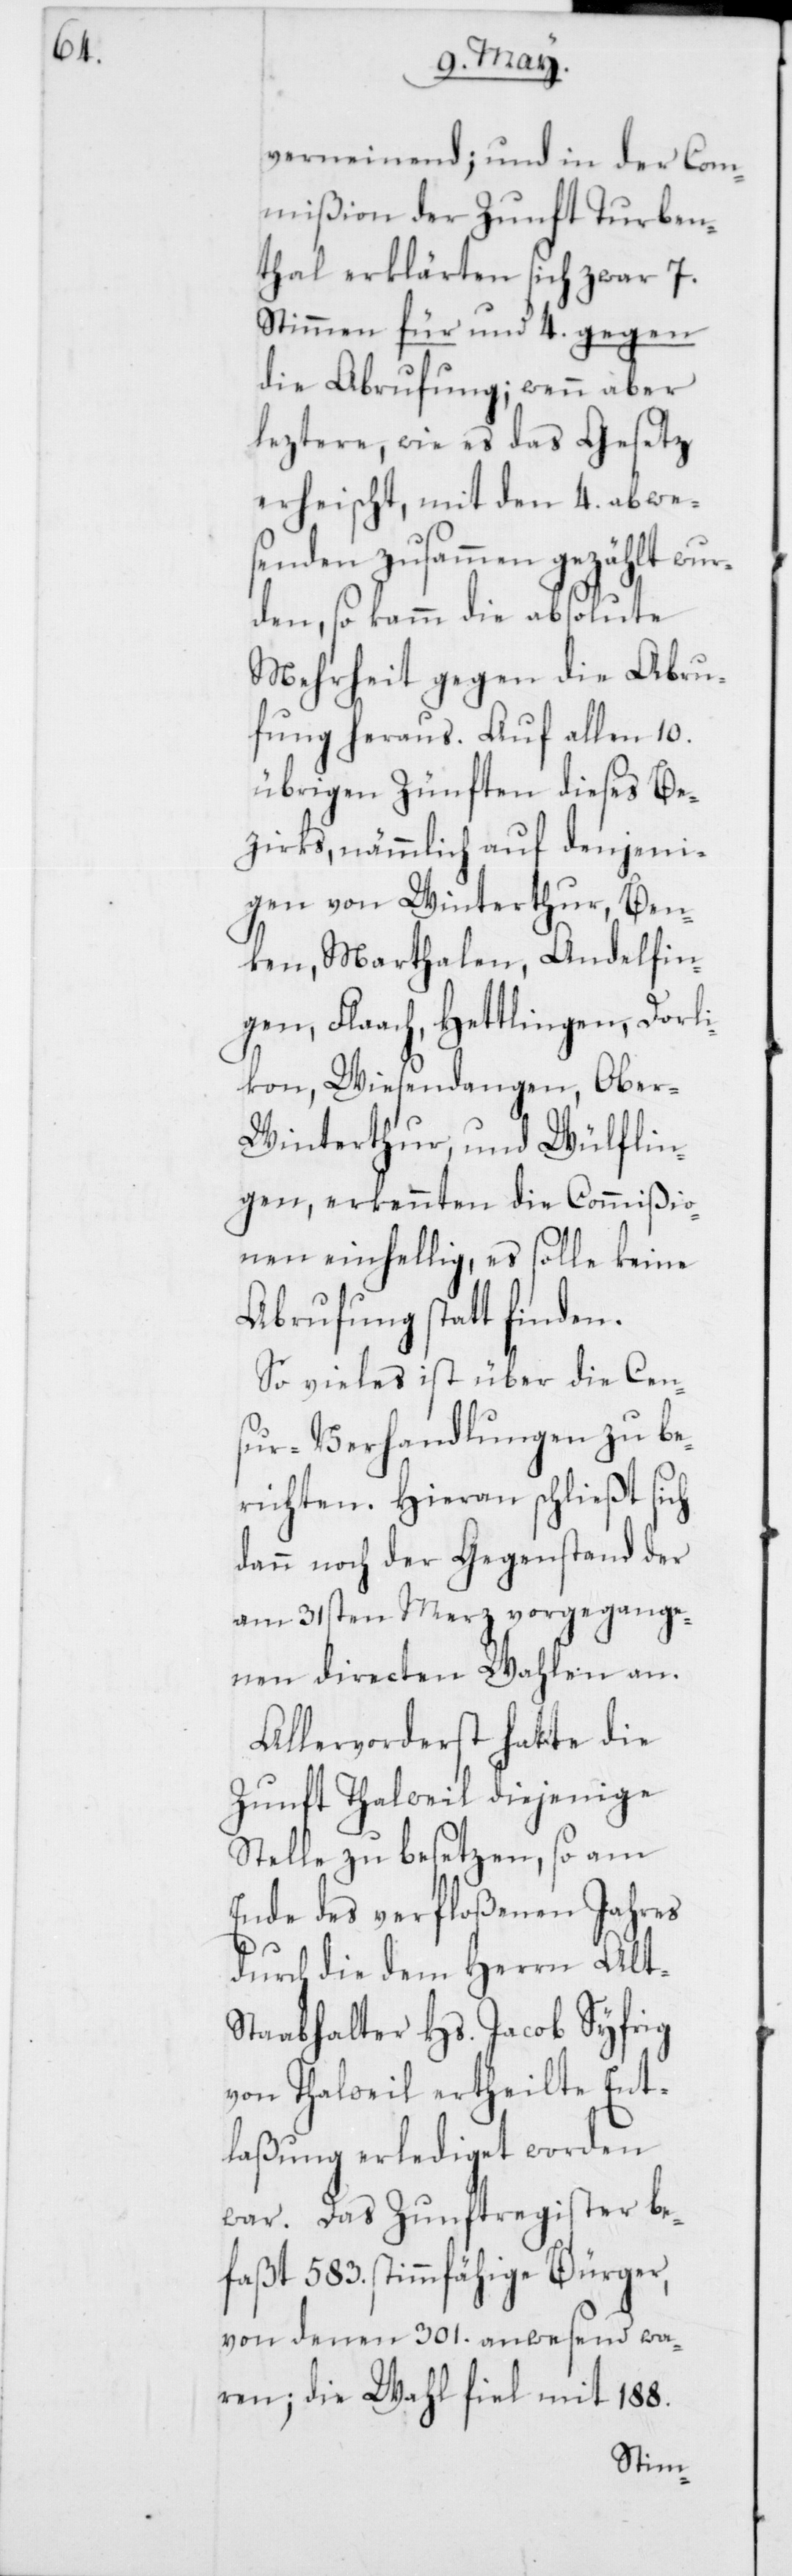
verneindend; und in der Com¬
mißion der Zunft Turben¬
thal erklärten sich zwar 7.
Stimmen für und 4. gegen
die Abrufung; wenn aber
leztere, wie es das Gesetz
erheischt, mit den 4. abwe¬
senden zusammen gezählt wur¬
den, so kam die absolute
Mehrheit gegen die Abru¬
fung heraus. Auf allen 10.
übrigen Zünften dieses Be¬
zirks, nämmlich auf denjeni¬
gen von Winterthur, Ben¬
ken, Marthalen, Andelfin¬
gen, Flaach, Hettlingen, Dorli¬
kon, Wiesendangen, Ober-W¬
interthur, und Wülflin¬
gen, erkennten die Commißio¬
nen einhellig, es solle keine
Abrufung statt finden.
So vieles ist über die Cen¬
sur-Verhandlungen zu be¬
richten. Hieran schließt sich
dann noch der Gegenstand der
am 31sten Merz vorgegange¬
nen directen Wahlen an.
Allervorderst hatte die
Zunft Thalweil diejenige
Stelle zu besetzen, so am
Ende des verfloßenen Jahres
durch die dem Herrn Alt-S¬
taabhalter Hs. Jacob Syfrig
von Thalweil ertheilte Ent¬
laßung erlediget worden
war. Das Zunftregister be¬
faßt 583. stimmfähige Bürger,
von denen 301. anwesend wa¬
ren; die Wahl fiel mit 188.